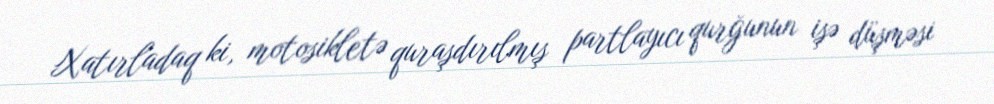
Xatırladaq ki, motosikletə quraşdırılmış partlayıcı qurğunun işə düşməsi